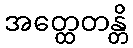
အတ္ထေတန္တိ